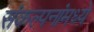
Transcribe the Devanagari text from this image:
संकल्पनांमध्ये